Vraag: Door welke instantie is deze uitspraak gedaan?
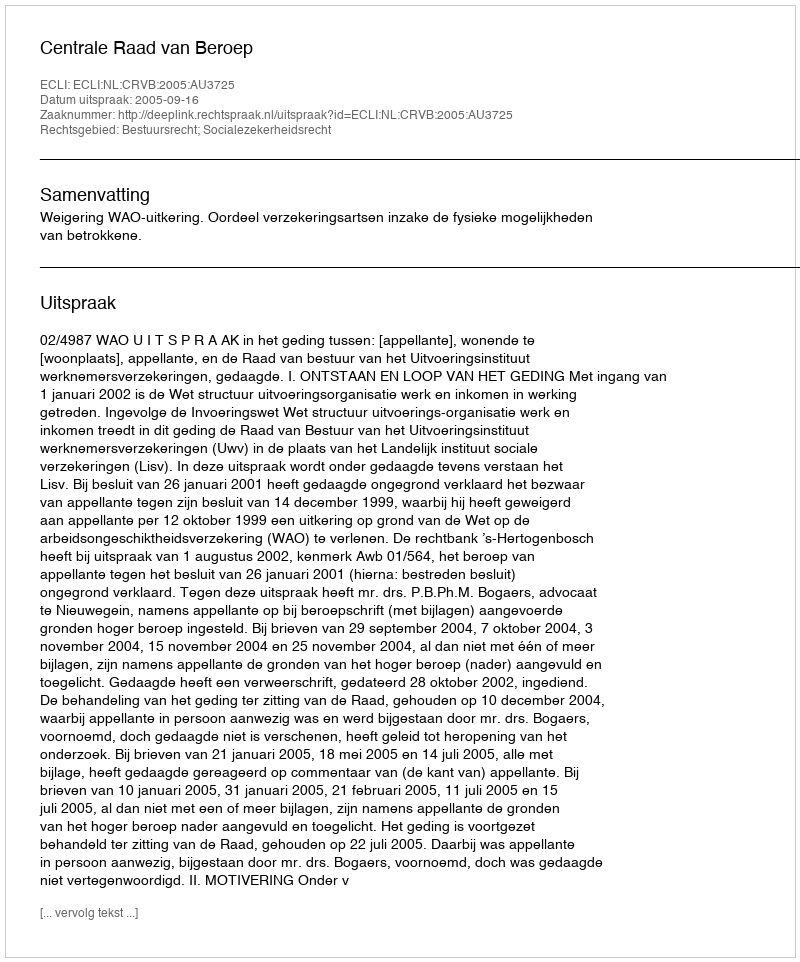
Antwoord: Centrale Raad van Beroep